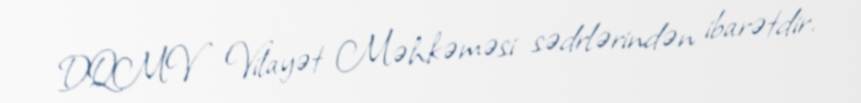
DQMV Vilayət Məhkəməsi sədrlərindən ibarətdir.